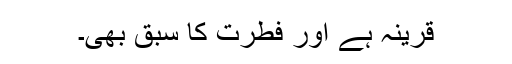
قرینہ ہے اور فطرت کا سبق بھی۔